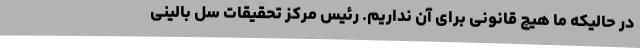
در حالیکه ما هیچ قانونی برای آن نداریم. رئیس مرکز تحقیقات سل بالینی